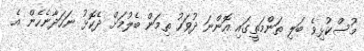
މުސްކުޅިވެ ބަލި ތަންމަތީގައި އޮންނަ ދުވަހު ތިމަން ބެލުމަށް ދެކޮޅު ނަހަދާނެހެން އެ